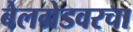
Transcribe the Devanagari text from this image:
बेलग्रेडवरचा